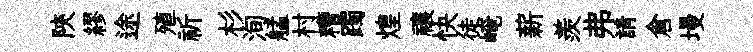
陝繆途殖祈杉洵艋村糟躅煌禳快徒崦薪羨弗請倉墁